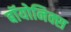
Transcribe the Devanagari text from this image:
बॉयोनिक्स